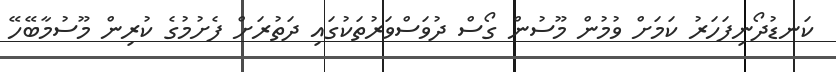
ކަނޑުދޯނިފަހަރު ކަމަށް ވުމުން މޫސުން ގޯސް ދުވަސްވަރުތަކުގައި ދަތުރަށް ފެށުމުގެ ކުރިން މޫސުމާބޭހޭ